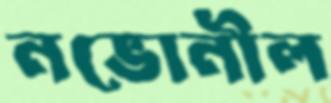
নভোনীল